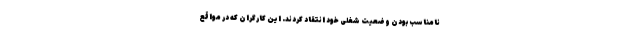
نامناسب بودن وضعیت شغلی خود انتقاد کردند. این کارگران که در مواقع